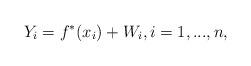
LaTeX: \begin{align*}Y_i=f^*(x_i)+W_i,i=1,...,n,\end{align*}